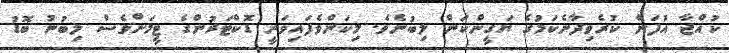
ކުއްޖާ އުފަން ކުރެވިދާނެކަމުގެ ޔަގީންކަން ލިބުނެވެ. މިކަންވެފައިވަނީ ޑޮކްޓަރުންގެ ޓީމަށްވެސް ލިބުނު ބޮޑު